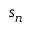
s _ { n }